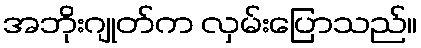
အဘိုးဂျုတ်က လှမ်းပြောသည်။